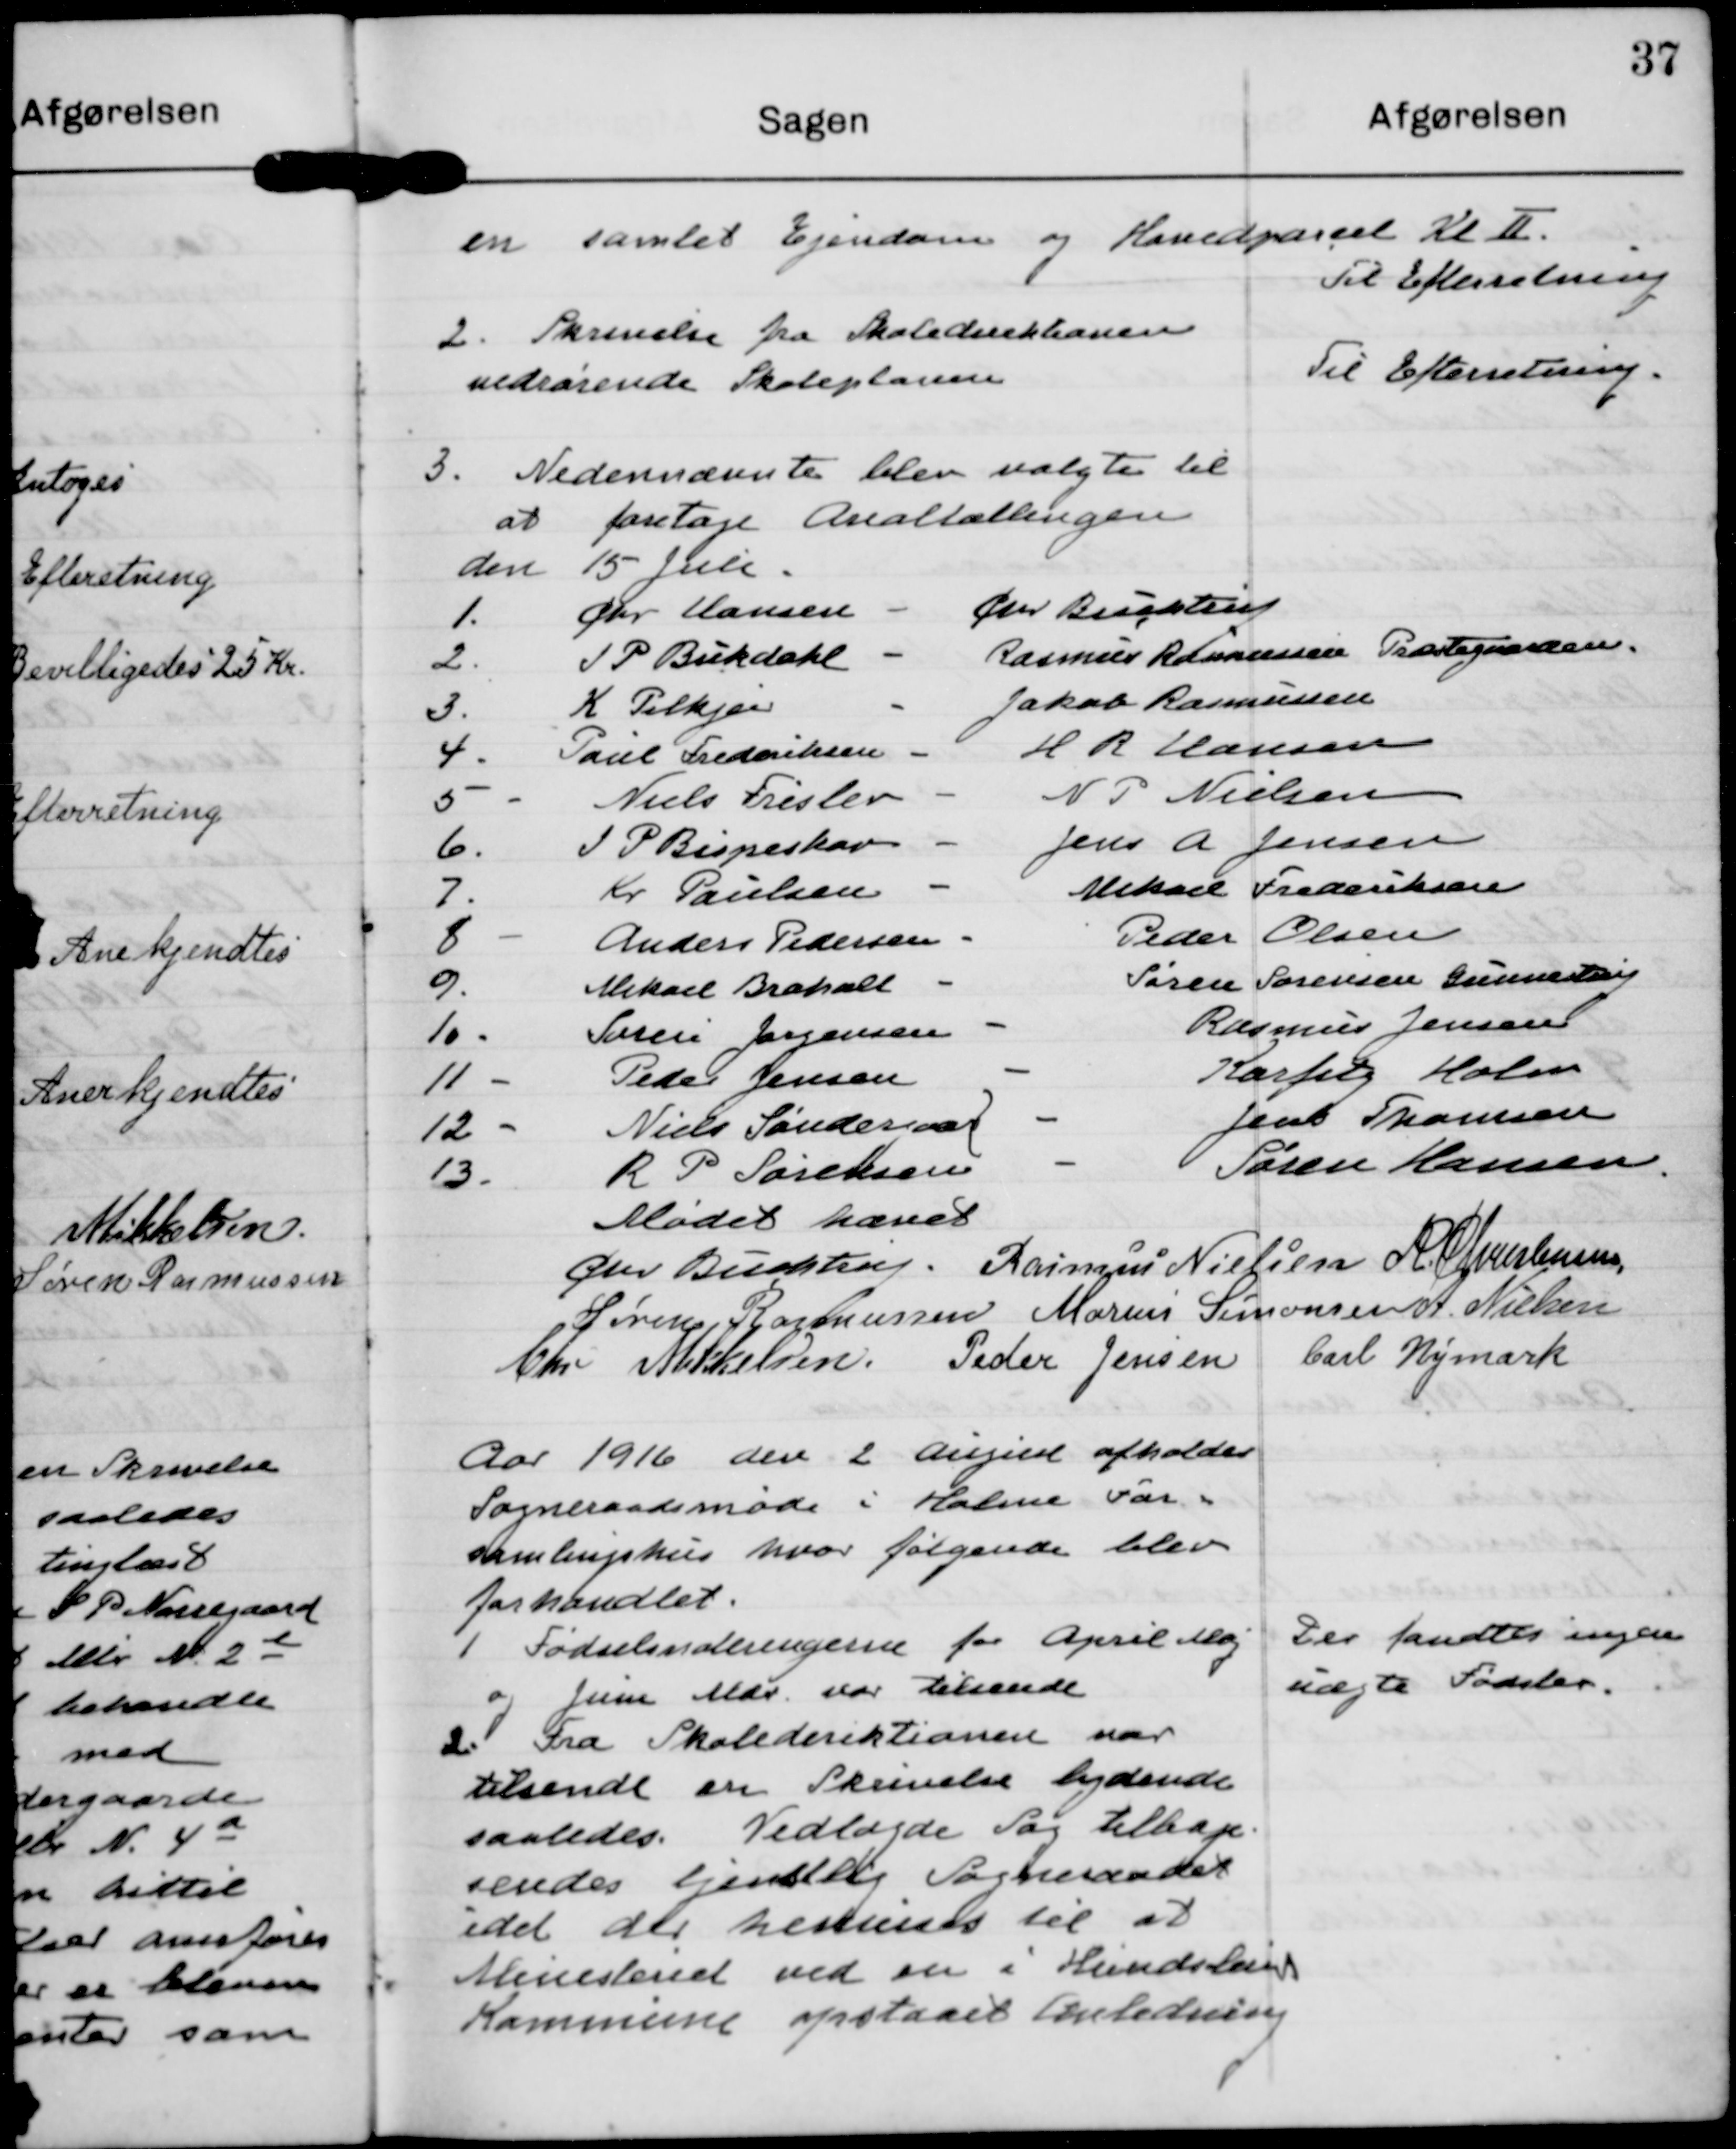
Transskription:
en samlet Ejendom og Hovedparcel Al K.

Til Efterretning

2. Skrivelse fra Skoledirektasen
nedrørende Skoleplanen

Til Efterretning.

3. Nedennærente blev valgte til
at foretage Arealtællingen
den 15 ule.
1. Fhr Hansen - Gr Bugsteu
2. PP Bukdakl - Rasmus Ramussen Træstegaarden
D. K Tilkjær Takob Rasmusen
4. Paul Frederiksen - H H Hansen
5. Niels Freslev - N P Nielsen
6. I P Bispeskav - Jens A Jensen
J. Kr Paulsen - Mekal Frederiksen
 Anders Pedersen Peder Olsen
G Mikael Braholt - Søren Sørensen Gunneln
10. Tøren Jørgensen - Rasmus Jensen
11 - Peder Jensen - Karter Holm
12 - Niels Sanderseen - Jens Thamsen
B. R P Søresen - Søren Hansen

Mødet hævet

Glev Budstup.

Rasmus Nielsen

A. Cpisensen

Søren Rasmussen

Marius Simonsen

A. Nielsen

Chr Mkkielsen

Peder Jensen

Carl Vejmark

Aar 1916 den 2 angust afholdes
Sogneraadsmøde i Halme Var.
Aamliugshus hvor følgende blev
forhandlet.

1 Fødselsnoleringerne for April Maj
o hine Mar var tilsende

Der fandtesingen
uægte Fødsler.

do Fra Skoledirektionen nar
tilsendt en Skrivelse bydende
saaledes. Vedlagde Sag tilbage-
sendes tjendlig Sogneraadet
idet der hetunes til at
Ministeriet ved en i Hundsle
Kommune opstaaes Anledning